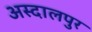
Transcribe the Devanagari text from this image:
अस्दालपुर